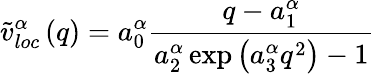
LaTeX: \tilde{v}_{loc}^{\alpha}\left(q\right)=a_{0}^{\alpha}\frac{q-a_{1}^{\alpha}}{a_{2}^{\alpha}\exp\left(a_{3}^{\alpha}q^{2}\right)-1}